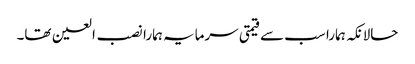
حالانکہ ہمارا سب سے قیمتی سرمایہ ہمارا نصب العین تھا۔